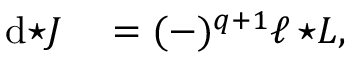
\begin{array} { r l } { \mathrm { d } { \star J } } & { { } = ( - ) ^ { q + 1 } \ell \, { \star L } , } \end{array}